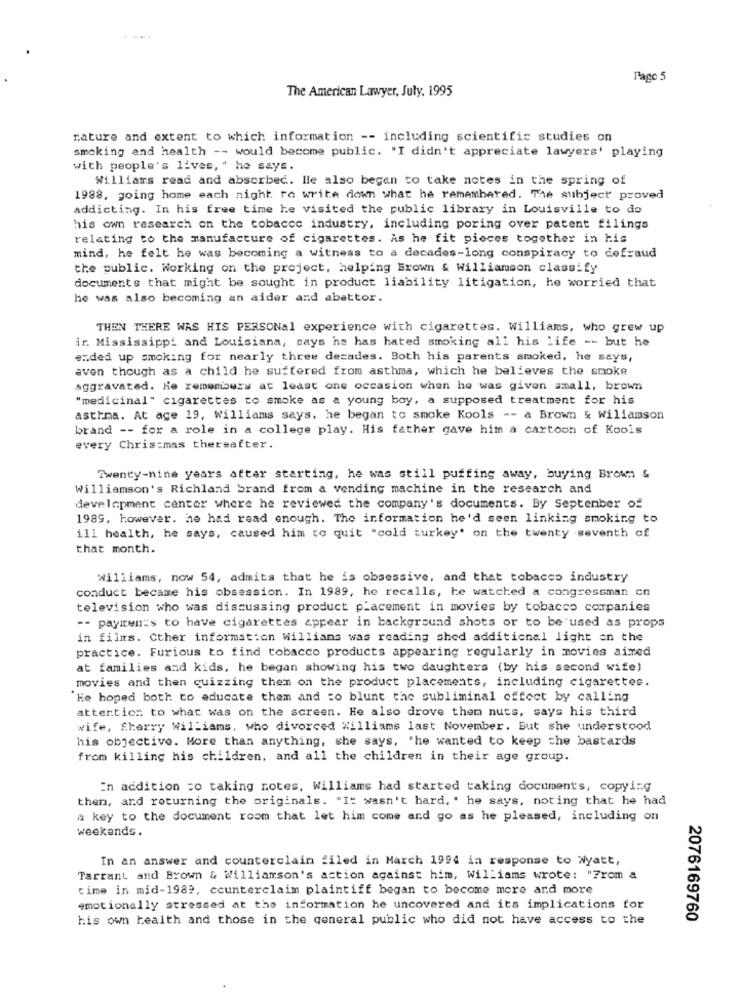
Pago 5
The American Lawyer, July, 1995
nature and extent to which information -- including scientific studies on
smoking and health -- would become public. "I didn't appreciate lawyers' playing
with people's lives, " he says.
Williams read and absorbed. He also begen to take notes in the spring of
1988, going home each night re write down what he remembered. The subject proved
addicting. In his free time he visited the public library in Louisville to do
his own research on the tobacco industry, including poring over patent filings
relating to the manufacture of cigarettes. As he fit pieces together in his
mind, he felt he was becoming a witness to a decades-long conspiracy to defraud
the public. Working on the project, helping Brown & Williamson classify
documents that might be sought in product liability litigation, he worried that
he was also becoming an aider and abattor.
THEN THERE WAS HIS PERSONal experience with cigarettes. Williams, who grew up
in Mississippi and Louisiana, says he has hated smoking all his life -- but he
ended up smoking for nearly three decades. Both his parents smoked, he says,
even though as a child he suffered from asthma, which he believes the smoke
aggravated. He remembers at least one occasion when he was given amall, brown
"medicinal" cigarettes to smoke as a young boy, a supposed treatment for his
asthma. At age 19, Williams says, he began to smoke Kools -- a Brown & Wiliamson
brand -- for a role in a college play. His father gave him a cartoon of Koois
every Christmas thereafter.
Twenty-nine years after starting, he was still puffing away, buying Brown &
Williamson's Richland brand from a vending machine in the research and
development center where he reviewed the company's documents. By September of
1989. however. he had read enough. The information he'd seen linking smoking to
ill health, he says, caused him to quit "cold turkey' on the twenty -seventh of
that month.
Williams, now 54, admits that he is obsessive, and that tobacco industry
conduct became his obsession. In 1989, he recalls, he watched a congressman cn
television who was discussing product placement in movies by tobacco companies
-- payments to have cigarettes appear in background shots or to be used as props
in films. Cther information Willians was reading shed additional light on the
practice. Furious to find tobacco products appearing regularly in movies aimed
at families and kids, he began showing his two daughters (by his second wife)
movies and then quizzing them on the product placements, including cigarettes.
"He hoped both to educate them and :o blunt the subliminal effect by calling
attention to what was on the screen. He also drove them nuts, says his third
wife, Sherry Williams, who divorced Williams last November. But she understood
his objective. More than anything, she says, "he wanted to keep the bastards
from killing his children, and all the children in their age group.
In addition =o taking notes, Williams had started taking document's, copying
then, and returning the originals. "It wasn't hard, " he says, noting that he had
a key to the document room that let him come and go as he pleased, including on
weekends.
In an answer and counterclain filed in March 1994 in response to Nyatt,
Tarrant and Brown & Williamson's action against him, Williams wrote: "From a
time in mid-1989, ccunterclaim plaintiff began to become more and more
emotionally stressed at the information he uncovered and its implications for
his own health and those in the general public who did not have access to the
2076169760